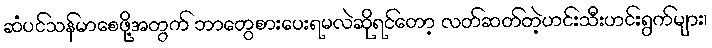
ဆံပင်သန်မာစေဖို့အတွက် ဘာတွေစားပေးရမလဲဆိုရင်တော့ လတ်ဆတ်တဲ့ဟင်းသီးဟင်းရွက်များ၊